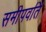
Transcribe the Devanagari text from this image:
समीपवर्ति